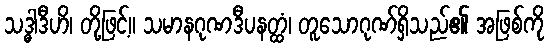
သဒ္ဓါဒီဟိ၊ တို့ဖြင့်။ သမာနဂုဏဒီပနတ္ထံ၊ တူသောဂုဏ်ရှိသည်၏ အဖြစ်ကို